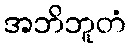
အဘိဘူတံ